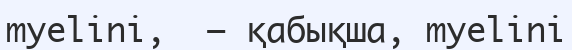
myelini,  — қабықша, myelini